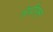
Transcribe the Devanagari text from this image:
जेपीएस